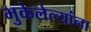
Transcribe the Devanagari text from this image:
भुकेलेल्यांना